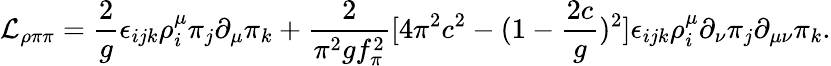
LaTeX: {\cal L}_{\rho\pi\pi}={\frac{2}{g}}\epsilon_{ijk}\rho_{i}^{\mu}\pi_{j}\partial_{\mu}\pi_{k}+{\frac{2}{\pi^{2}gf_{\pi}^{2}}}[4\pi^{2}c^{2}-(1-{\frac{2c}{g}})^{2}]\epsilon_{ijk}\rho_{i}^{\mu}\partial_{\nu}\pi_{j}\partial_{\mu\nu}\pi_{k}.